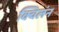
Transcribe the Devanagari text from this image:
क्विलंन